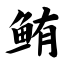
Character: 鲔